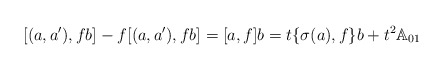
\begin{align*}[(a,a^\prime),fb] - f[(a,a^\prime),fb] = [a,f]b = t\{\sigma(a), f\}b + t^2\mathbb{A}_{01}\end{align*}